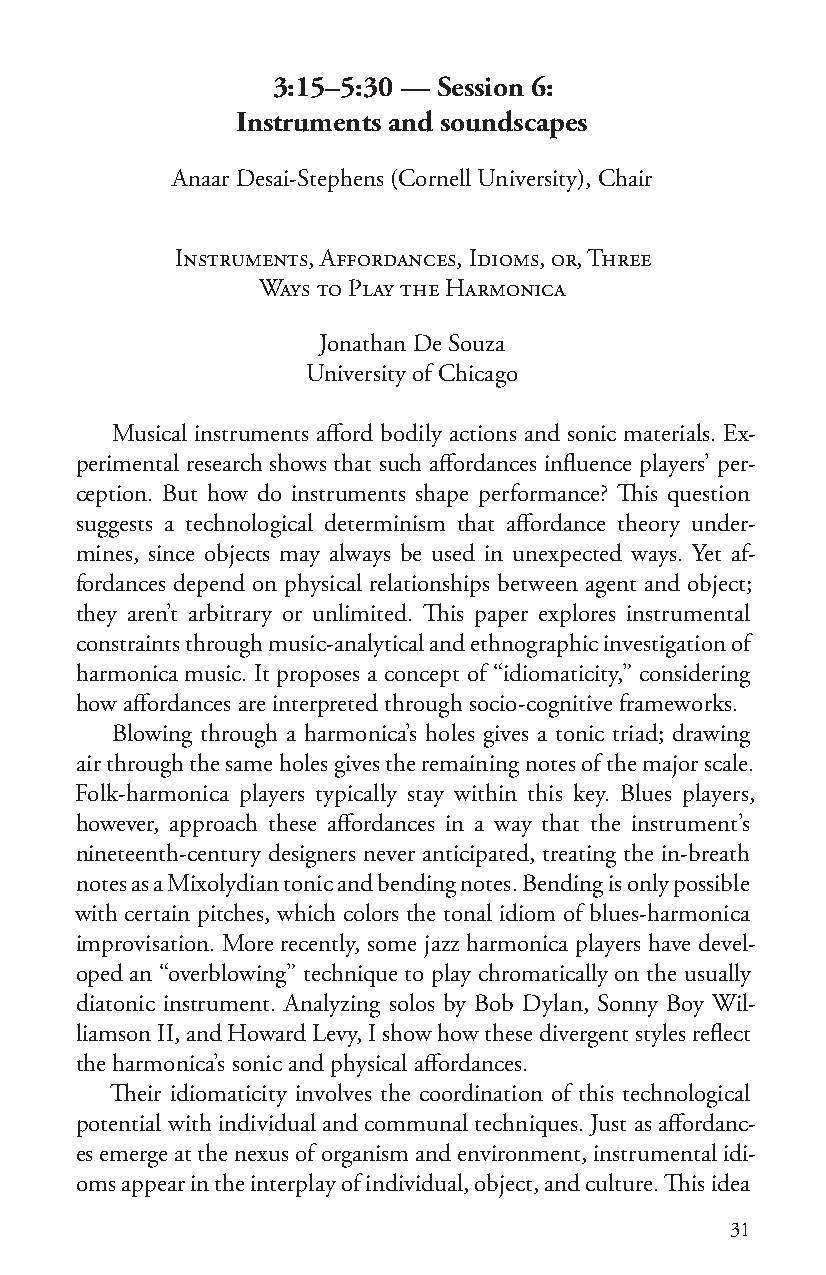
3:15–5:30 — Session 6:
 Instruments and soundscapes
 Anaar Desai-Stephens (Cornell University), Chair
 Instruments, Affordances, Idioms, or, Three
 Ways to Play the Harmonica
 Jonathan De Souza
 University of Chicago
 Musical instruments afford bodily actions and sonic materials. Ex-
 perimental research shows that such affordances influence players’ per-
 ception. But how do instruments shape performance? This question
 suggests a technological determinism that affordance theory under-
 mines, since objects may always be used in unexpected ways. Yet af-
 fordances depend on physical relationships between agent and object;
 they aren’t arbitrary or unlimited. This paper explores instrumental
 constraints through music-analytical and ethnographic investigation of
 harmonica music. It proposes a concept of “idiomaticity,” considering
 how affordances are interpreted through socio-cognitive frameworks.
 Blowing through a harmonica’s holes gives a tonic triad; drawing
 air through the same holes gives the remaining notes of the major scale.
 Folk-harmonica players typically stay within this key. Blues players,
 however, approach these affordances in a way that the instrument’s
 nineteenth-century designers never anticipated, treating the in-breath
 notes as a Mixolydian tonic and bending notes. Bending is only possible
 with certain pitches, which colors the tonal idiom of blues-harmonica
 improvisation. More recently, some jazz harmonica players have devel-
 oped an “overblowing” technique to play chromatically on the usually
 diatonic instrument. Analyzing solos by Bob Dylan, Sonny Boy Wil-
 liamson II, and Howard Levy, I show how these divergent styles reflect
 the harmonica’s sonic and physical affordances.
 Their idiomaticity involves the coordination of this technological
 potential with individual and communal techniques. Just as affordanc-
 es emerge at the nexus of organism and environment, instrumental idi-
 oms appear in the interplay of individual, object, and culture. This idea
 31